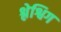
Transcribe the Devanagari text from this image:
श्लेश्विग